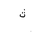
Letter: _tha